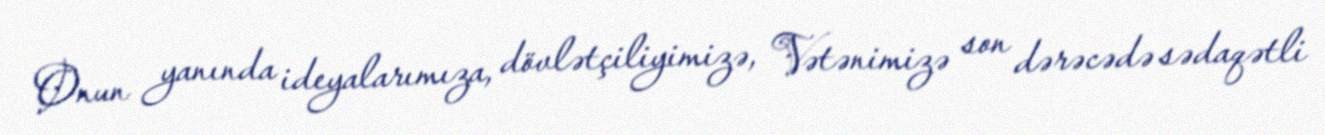
Onun yanında ideyalarımıza, dövlətçiliyimizə, Vətənimizə son dərəcədə sədaqətli